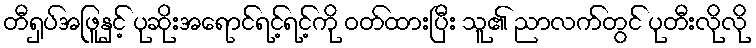
တီရှပ်အဖြူနှင့် ပုဆိုးအရောင်ရင့်ရင့်ကို ဝတ်ထားပြီး သူ၏ ညာလက်တွင် ပုတီးလိုလို